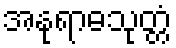
အနုရာဓသုတ္တံ